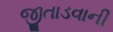
જીતાડવાની